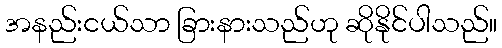
အနည်းငယ်သာ ခြားနားသည်ဟု ဆိုနိုင်ပါသည်။